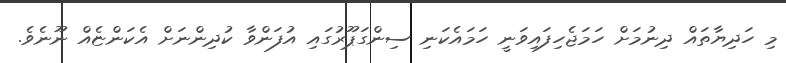
މި ހަދިޔާތައް ދިނުމަށް ހަމަޖެހިފައިވަނީ ހަމައެކަނި ސިންގަޕޫރުގައި އުފަންވާ ކުދިންނަށް އެކަންޏެއް ނޫނެވެ.